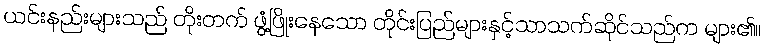
ယင်းနည်းများသည် တိုးတက် ဖွံ့ဖြိုးနေသော တိုင်းပြည်များနှင့်သာသက်ဆိုင်သည်က များ၏။